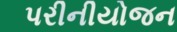
પરીનીયોજન